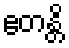
ဧတန္တိ